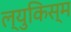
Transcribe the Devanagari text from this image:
ल्युकिस्म